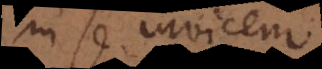
in se invicem